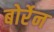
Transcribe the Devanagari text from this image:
बोर्रेन